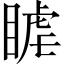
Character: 𥈴